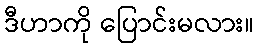
ဒီဟာကို ပြောင်းမလား။